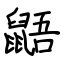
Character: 鼯